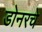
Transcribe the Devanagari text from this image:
डोनरचे